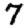
Digit: 7